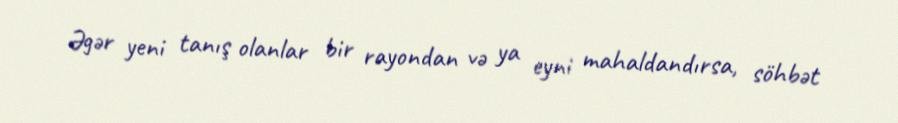
Əgər yeni tanış olanlar bir rayondan və ya eyni mahaldandırsa, söhbət